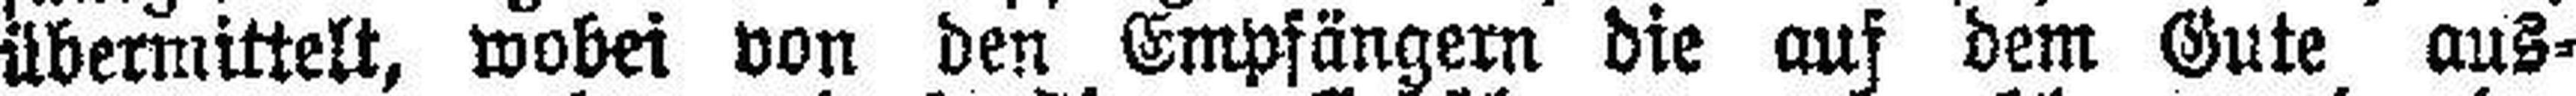
übermittelt, wobei von den Empfängern die auf dem Gute aus¬